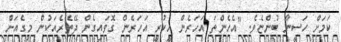
ކަމަށް ހަސީނާ ބުންޏެވެ. "އެހެންތަ އަހަރެން ހީކުރީ އަހަރެން ގޮވައިގެން ދޭތެރެއަކުން މިގެއަށް